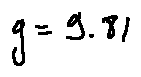
g = 9 , 8 1